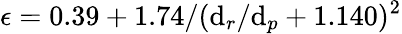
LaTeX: \epsilon=0.39+1.74/(\mathrm{d}_{r}/\mathrm{d}_{p}+1.140)^{2}